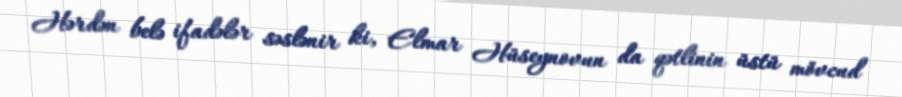
Hərdən belə ifadələr səslənir ki, Elmar Hüseynovun da qətlinin üstü mövcud